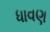
ધાવણ